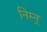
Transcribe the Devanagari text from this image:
निम्न्